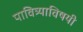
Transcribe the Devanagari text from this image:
पावित्र्याविषयी